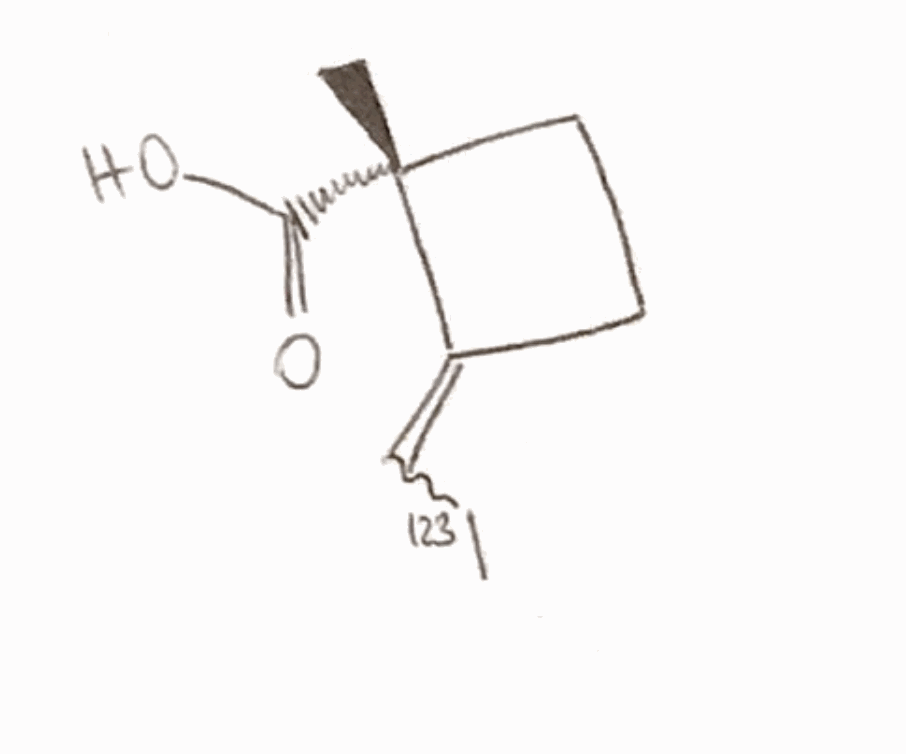
Simplified molecular-input line-entry system (SMILES) notation of the given molecule:
C[C@]\1(CC/C1=C\[123I])C(=O)O